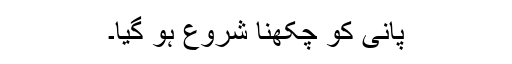
پانی کو چکھنا شروع ہو گیا۔